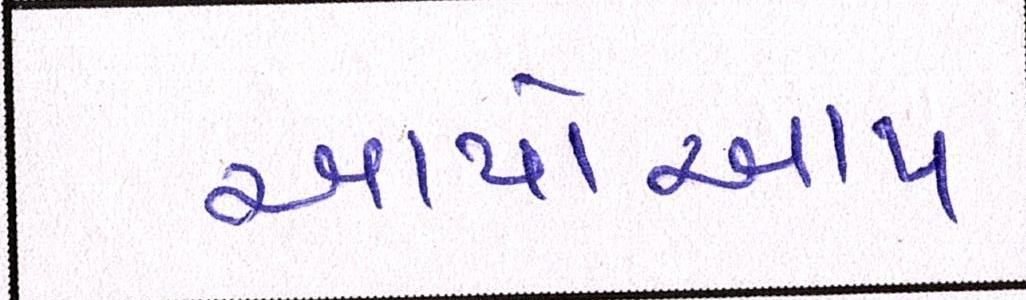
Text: આપોઆપ